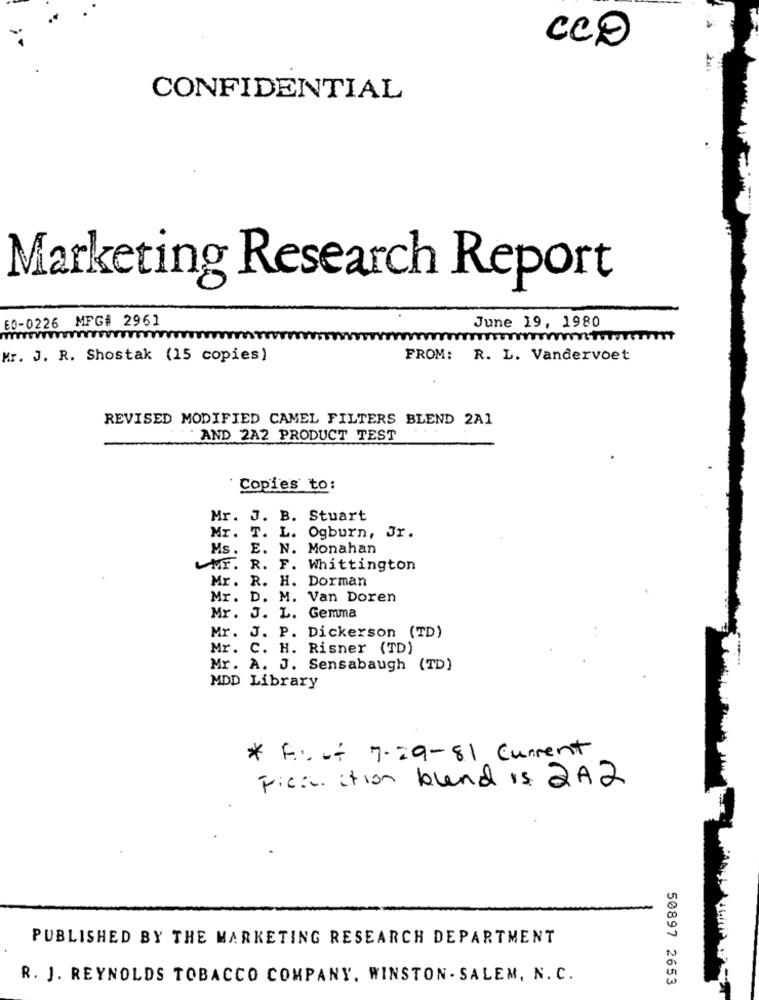
CCD
CONFIDENTIAL
Marketing Research Report
60-0226 MFG# 2961
June 19, 1980
Mr. J. R. Shostak (15 copies)
FROM: R. L. Vandervoet
REVISED MODIFIED CAMEL FILTERS BLEND 2A1
AND 2A2 PRODUCT TEST
Copies to:
Mr. J. B. Stuart
Mr. T. L. Ogburn, Jr.
Ms.
E. N. Monahan
UMr. R. F. Whittington
Mr. R. H. Dorman
Mr. D. M. Van Doren
Mr. J. L. Gemma
Mr. J. P. Dickerson (TD)
Mr. C. H. Risner (TD)
Mr. A. J. Sensabaugh (TD)
MDD Library
* F .:.- 7.29-81 Current
Fica. ction bland is 2 A2
PUBLISHED BY THE MARKETING RESEARCH DEPARTMENT
R. J. REYNOLDS TOBACCO COMPANY. WINSTON - SALEM, N. C.
50897 2653